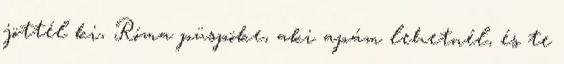
jöttél ki, Róma püspöke, aki apám lehetnél, és te